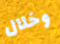
وخلال